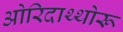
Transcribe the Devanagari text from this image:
ओरिदाथ्थोरू